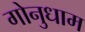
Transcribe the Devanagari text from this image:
गोनुधाम